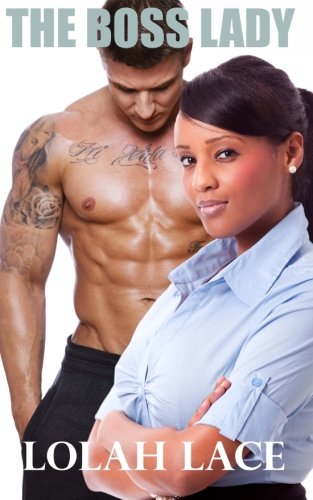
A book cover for The Boss Lady; Lolah Lace; Romance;